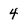
Character: 4